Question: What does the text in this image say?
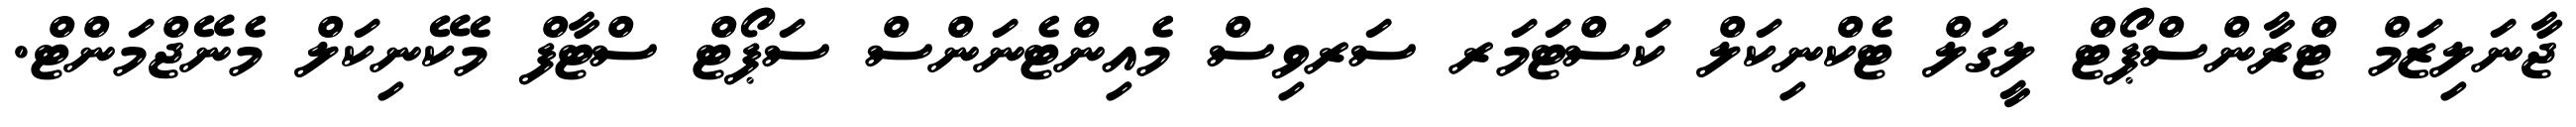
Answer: ޖާނަލިޒަމް ޓްރާންސްޕޯޓް ލީގަލް ޓެކްނިކަލް ކަސްޓަމަރ ސަރވިސް މެއިންޓެނަންސް ސަޕޯޓް ސްޓާފް މެކޭނިކަލް މެނޭޖްމަންޓް.